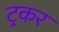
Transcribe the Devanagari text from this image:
ट्रकर